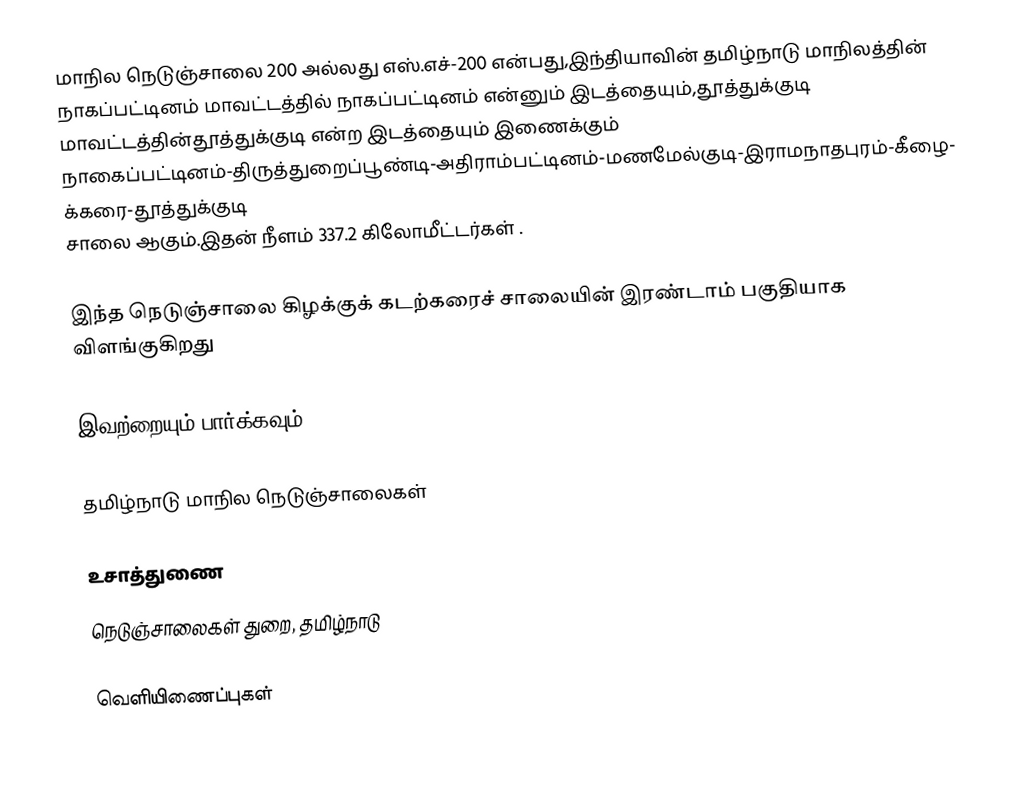
மாநில நெடுஞ்சாலை 200 அல்லது எஸ்.எச்-200  என்பது,இந்தியாவின் தமிழ்நாடு மாநிலத்தின்  நாகப்பட்டினம் மாவட்டத்தில்  நாகப்பட்டினம்  என்னும் இடத்தையும்,தூத்துக்குடி மாவட்டத்தின்தூத்துக்குடி  என்ற இடத்தையும் இணைக்கும் நாகைப்பட்டினம்-திருத்துறைப்பூண்டி-அதிராம்பட்டினம்-மணமேல்குடி-இராமநாதபுரம்-கீழைக்கரை-தூத்துக்குடி சாலை ஆகும்.இதன் நீளம் 337.2  கிலோமீட்டர்கள் .

இந்த நெடுஞ்சாலை கிழக்குக் கடற்கரைச் சாலையின் இரண்டாம் பகுதியாக விளங்குகிறது

இவற்றையும் பார்க்கவும்

 தமிழ்நாடு மாநில நெடுஞ்சாலைகள்

உசாத்துணை
 நெடுஞ்சாலைகள் துறை, தமிழ்நாடு

வெளியிணைப்புகள்